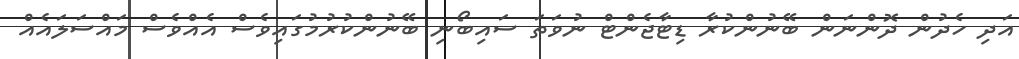
އަދި ހެދުން ދޮންނަން ބޭނުންކުރާ ޑިޓާޖެންޓް ނުވަތަ ސައިބޯނި ބޭނުންކުރުމުގައިވެސް އެއްވެސް މައްސަލައެއް